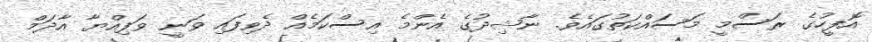
އޮފީހުގެ ރަސްމީ މަސައްކަތުގައެވެ. ނާޝިދުގެ އެންމެ އިސްކަމެއް ދެވިފައި ވަނީ ވަފިއްޔާ އާދަމް